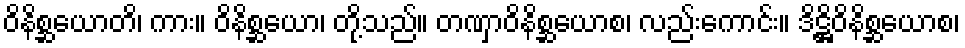
ဝိနိစ္ဆယောတိ၊ ကား။ ဝိနိစ္ဆယော၊ တို့သည်။ တဏှာဝိနိစ္ဆယောစ၊ လည်းကောင်း။ ဒိဋ္ဌိဝိနိစ္ဆယောစ၊